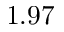
1 . 9 7